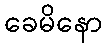
ခေမိနော